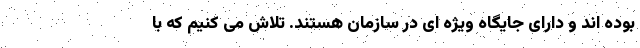
بوده اند و دارای جایگاه ویژه ای در سازمان هستند. تلاش می کنیم که با